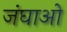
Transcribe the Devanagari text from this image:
जंघाओ